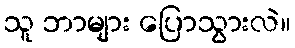
သူ ဘာများ ပြောသွားလဲ။